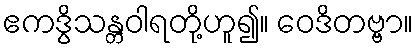
ဧကဒွိသန္တဝါရတို့ဟူ၍။ ဝေဒိတဗ္ဗာ။